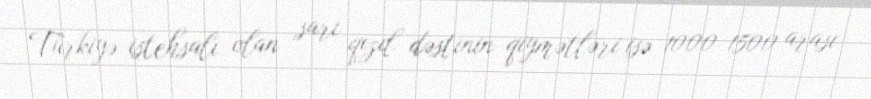
Türkiyə istehsalı olan sarı qızıl dəstinin qiymətləri isə 1000-1500 arası